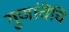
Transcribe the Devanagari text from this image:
गुणांचेंचि